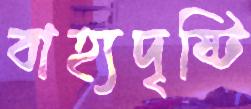
বাহ্যদৃষ্টি